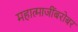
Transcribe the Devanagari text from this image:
महात्माजींबरोबर